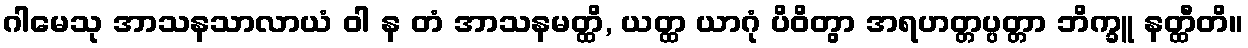
ဂါမေသု အာသနသာလာယံ ဝါ န တံ အာသနမတ္ထိ, ယတ္ထ ယာဂုံ ပိဝိတွာ အရဟတ္တပ္ပတ္တာ ဘိက္ခူ နတ္ထီတိ။